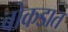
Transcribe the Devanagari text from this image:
बोकडात